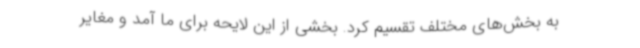
به بخش‌های مختلف تقسیم کرد. بخشی از این لایحه برای ما آمد و مغایر